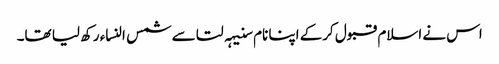
اس نے اسلام قبول کرکے اپنا نام سنیہہ لتا سے شمس النساء رکھ لیا تھا۔